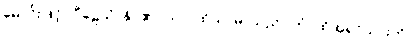
မောင်းဖြင့်။ ပီဠေသိ၊ နှိပ်၏။ သာ၊ ထိုသာမာသည်။ တံ၊ ထိုအရှင်သားကို။